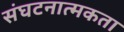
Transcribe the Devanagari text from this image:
संघटनात्मकता